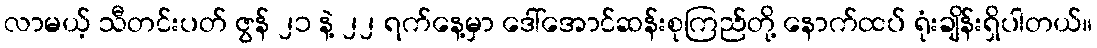
လာမယ့် သီတင်းပတ် ဇွန် ၂၁ နဲ့ ၂၂ ရက်နေ့မှာ ဒေါ်အောင်ဆန်းစုကြည်တို့ နောက်ထပ် ရုံးချိန်းရှိပါတယ်။